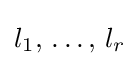
l_{1},\,\ldots ,\,l_{r}